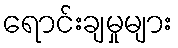
ရောင်းချမှုများ